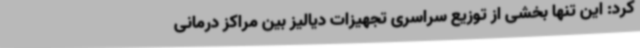
کرد: این تنها بخشی از توزیع سراسری تجهیزات دیالیز بین مراکز درمانی